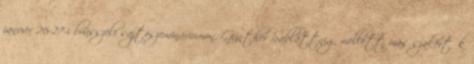
január 26-27-i brüsszeli sajtószemináriumon. Günther Sablattnig mellett más szakértők